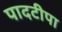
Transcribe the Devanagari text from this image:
पादटीपा